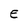
Character: E